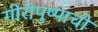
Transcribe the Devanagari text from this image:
गीरीपुष्पाची